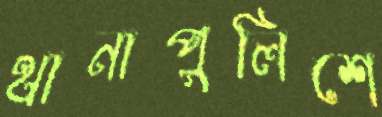
থানাপুলিশে